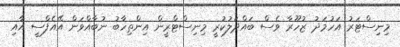
މިނިސްޓަރު އަހުމަދު ޒުހޫރާ ވެސް ބައްދަލުކުރީ މިނިސްޓްރީން އިންތިހާބު ނުބާއްވަން އޭއެފްސީ އާއި